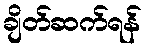
ချိတ်ဆက်ရန်